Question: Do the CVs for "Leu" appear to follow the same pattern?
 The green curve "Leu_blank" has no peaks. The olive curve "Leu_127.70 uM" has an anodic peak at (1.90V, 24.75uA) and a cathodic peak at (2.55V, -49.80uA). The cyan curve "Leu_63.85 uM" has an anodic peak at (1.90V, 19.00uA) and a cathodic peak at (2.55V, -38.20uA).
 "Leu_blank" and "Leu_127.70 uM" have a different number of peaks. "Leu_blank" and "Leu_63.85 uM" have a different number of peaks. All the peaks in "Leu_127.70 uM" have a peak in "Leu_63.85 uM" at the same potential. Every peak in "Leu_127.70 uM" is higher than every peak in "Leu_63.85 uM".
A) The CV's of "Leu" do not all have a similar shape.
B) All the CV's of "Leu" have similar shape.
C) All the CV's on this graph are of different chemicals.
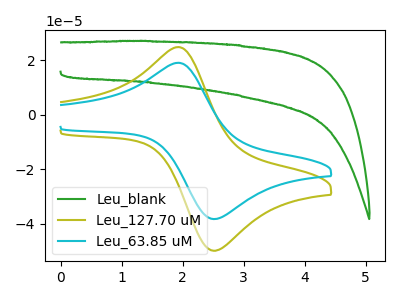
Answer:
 <answer>B) All the CV's of "Leu" have similar shape.</answer>
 <eval>B</eval>